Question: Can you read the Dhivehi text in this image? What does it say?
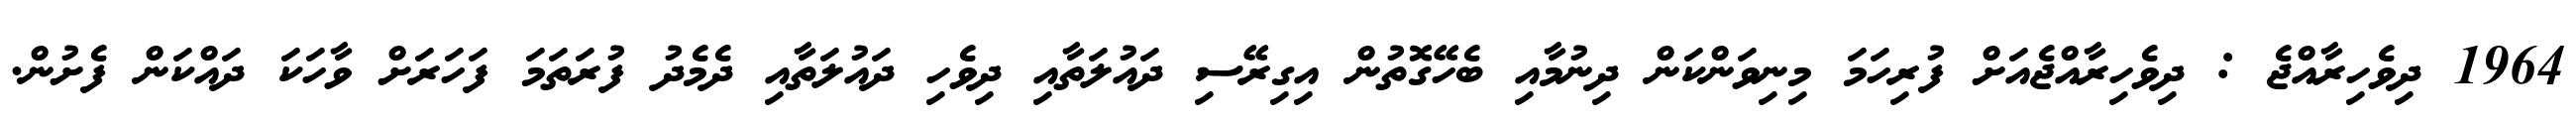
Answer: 1964 ދިވެހިރާއްޖެ : ދިވެހިރާއްޖެއަށް ފުރިހަމަ މިނިވަންކަން ދިނުމާއި ބެހޭގޮތުން އިގިރޭސި ދައުލަތާއި ދިވެހި ދައުލަތާއި ދެމެދު ފުރަތަމަ ފަހަރަށް ވާހަކަ ދައްކަން ފެށުން.